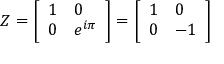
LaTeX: Z = { \left[ \begin{array} { l l } { 1 } & { 0 } \\ { 0 } & { e ^ { i \pi } } \end{array} \right] } = { \left[ \begin{array} { l l } { 1 } & { 0 } \\ { 0 } & { - 1 } \end{array} \right] }